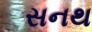
સનથ